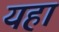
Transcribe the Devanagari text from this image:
यहांं